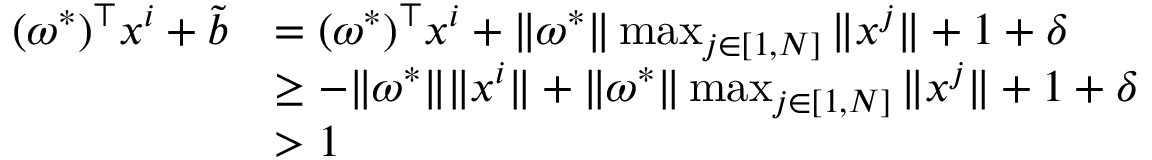
\begin{array} { r l } { ( \omega ^ { * } ) ^ { \top } x ^ { i } + \tilde { b } } & { = ( \omega ^ { * } ) ^ { \top } x ^ { i } + \Vert \omega ^ { * } \Vert \operatorname* { m a x } _ { j \in [ 1 , N ] } \Vert x ^ { j } \Vert + 1 + \delta } \\ & { \geq - \Vert \omega ^ { * } \Vert \Vert x ^ { i } \Vert + \Vert \omega ^ { * } \Vert \operatorname* { m a x } _ { j \in [ 1 , N ] } \Vert x ^ { j } \Vert + 1 + \delta } \\ & { > 1 } \end{array}